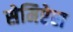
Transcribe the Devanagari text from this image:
सेमिप्टेरा